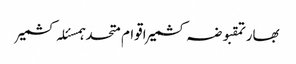
بھارتمقبوضہ کشمیراقوام متحدہمسئلہ کشمیر